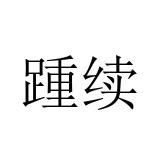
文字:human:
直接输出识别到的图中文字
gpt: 踵续